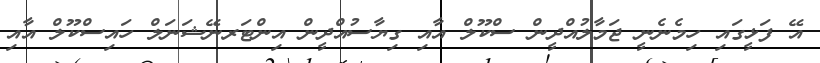
އޭ ފަޅީގައި ހިމެނެނީ ޖަމާލުއްދީން ސްކޫލް އާއި ގިޔާސުއްދީން އިންޓަރނޭޝަނަލް ހައިސްކޫލް އާއި